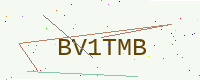
Text: BV1TMB